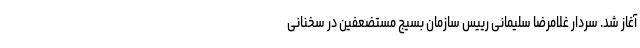
آغاز شد. سردار غلامرضا سلیمانی رییس سازمان بسیج مستضعفین در سخنانی